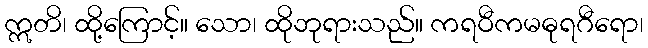
ဣတိ၊ ထို့ကြောင့်။ သော၊ ထိုဘုရားသည်။ ကရဝီကမဓုရဂီရော၊